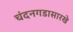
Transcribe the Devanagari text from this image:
चंदनगडासारखे